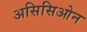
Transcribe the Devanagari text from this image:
असिसिओन